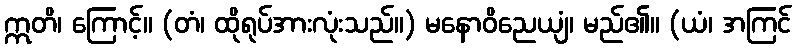
ဣတိ၊ ကြောင့်။ (တံ၊ ထိုရုပ်အားလုံးသည်။) မနောဝိညေယျံ၊ မည်၏။ (ယံ၊ အကြင်